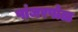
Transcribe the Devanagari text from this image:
पांजरपोळ